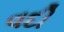
વદી